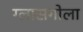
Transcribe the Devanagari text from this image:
ग्लासगोला